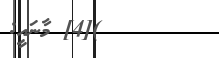
)[4] މާނައީ: